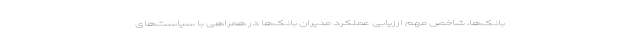
بانک‌ها، شاخص مهم ارزیابی عملکرد مدیران بانک‌ها در همراهی با سیاست‌های